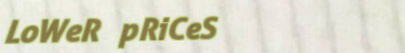
LoWeR pRiCeS